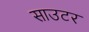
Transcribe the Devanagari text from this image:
साउटर